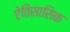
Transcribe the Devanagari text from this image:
ऐतिसासिक